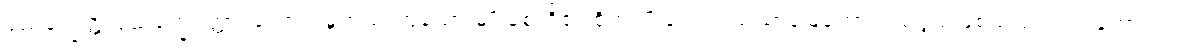
ပုညက္ခေတ္တံ ပုညက္ခေတ္တော၊ ကောင်းမှုတည်းဟူသော မျိုးစေ့တို့၏ စိုက်ပျိုးချရာလယ်ယာမြေကောင်းသဖွယ်ဖြစ်သည်လည်းကောင်း။